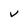
Character: v